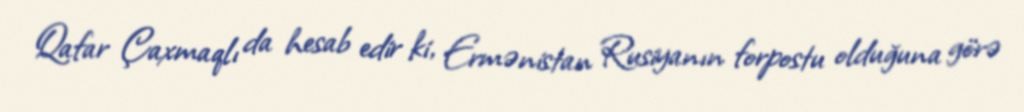
Qafar Çaxmaqlı da hesab edir ki, Ermənistan Rusiyanın forpostu olduğuna görə